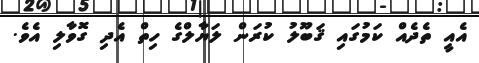
އެއީ ތެދެއް ކަމުގައި ޤަބޫލު ކުރަން ލަޔާލްގެ ހިތް އެދި ގޮވާލި އެވެ.